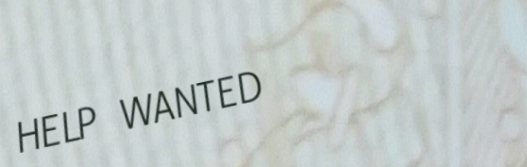
HELP WANTED